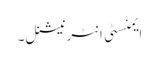
ایمنسٹی انٹرنیشنل۔